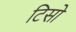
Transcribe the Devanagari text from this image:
टिसो